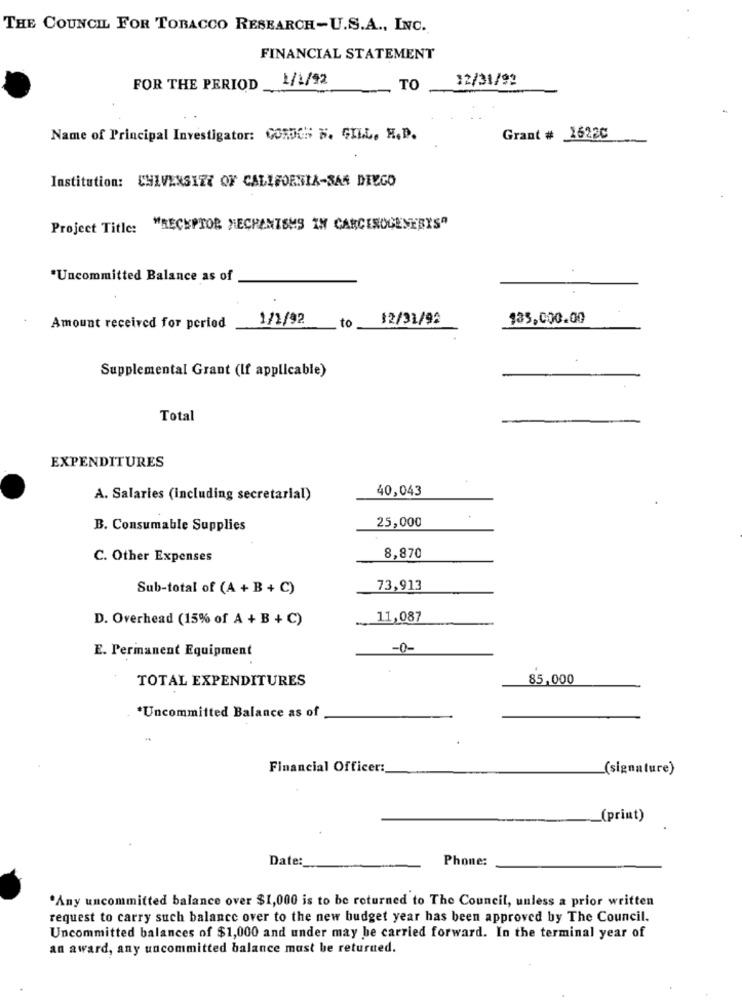
THE COUNCIL FOR TOBACCO RESEARCH-U.S.A ., INC.
FINANCIAL STATEMENT
1/1/92
12/31/92
FOR THE PERIOD
TO
Name of Principal Investigator: GORDOS W. GILL. H.D.
Grant # 16220
Institution: CHIVENSIZE OF CALIFORNIA-SAN DIEGO
Project Title: "RECEPTOR MECHANISMS IN CARCENOGENESYS"
*Uncommitted Balance as of
1/1/92
12/31/92
$35,000.00
Amount received for period
to
Supplemental Grant (If applicable)
Total
EXPENDITURES
40,043
A. Salaries (including secretarial)
25,000
B. Consumable Supplies
C. Other Expenses
8,870
Sub-total of (A + B + C)
73,913
D. Overhead (15% of A + B + C)
11,087
E. Permanent Equipment
-0-
TOTAL EXPENDITURES
85,000
*Uncommitted Balance as of
Financial Officer:
(signature)
(print)
Date :_
Phone:
'Any uncommitted balance over $1,000 is to be returned to The Council, unless a prior written
request to carry such balance over to the new budget year has been approved by The Council.
Uncommitted balances of $1,000 and under may be carried forward. In the terminal year of
an award, any uncommitted balance must be returned.